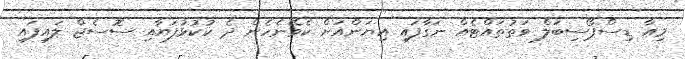
މިއާ ޑިސްޕޯސިބަލް ވަތުތައްޓެއް ނަގާފައި އިޔަންއަށް ކެވޭނެހެން ދެ ކުކުޅުފަޔާއި ސޮސެޖް ލައިފައި